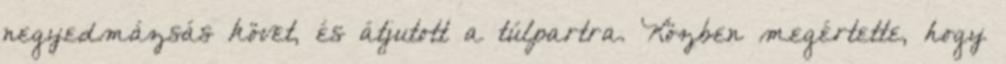
negyedmázsás követ, és átjutott a túlpartra. Közben megértette, hogy